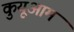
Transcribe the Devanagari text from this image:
कुयूआम